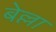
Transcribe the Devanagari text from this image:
बेल्ला